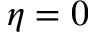
\eta = 0